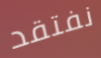
نفتقد